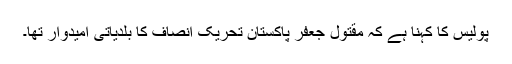
پولیس کا کہنا ہے کہ مقتول جعفر پاکستان تحریک انصاف کا بلدیاتی امیدوار تھا۔